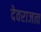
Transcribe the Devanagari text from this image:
देवराजत्व